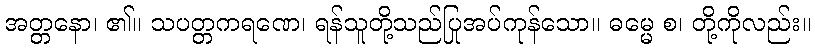
အတ္တနော၊ ၏။ သပတ္တကရဏေ၊ ရန်သူတို့သည်ပြုအပ်ကုန်သော။ ဓမ္မေ စ၊ တို့ကိုလည်း။